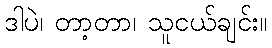
ဒါပဲ၊ တာ့တာ၊ သူငယ်ချင်း။